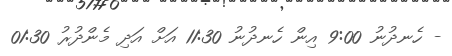
- ހެނދުނު 9:00 އިން ހެނދުނު 11:30 އަށް އަދި މެންދުރު 01:30